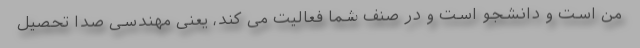
من است و دانشجو است و در صنف شما فعالیت می کند، یعنی مهندسی صدا تحصیل